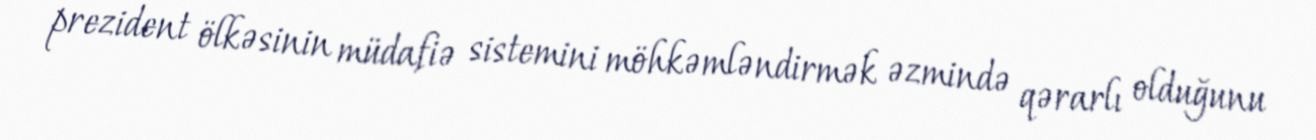
prezident ölkəsinin müdafiə sistemini möhkəmləndirmək əzmində qərarlı olduğunu